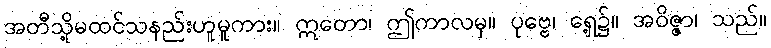
အတီသို့မထင်သနည်းဟူမူကား။ ဣတော၊ ဤကာလမှ။ ပုဗ္ဗေ၊ ရှေ့၌။ အဝိဇ္ဇာ၊ သည်။